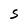
Character: S